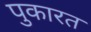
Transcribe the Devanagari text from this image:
पुकारत